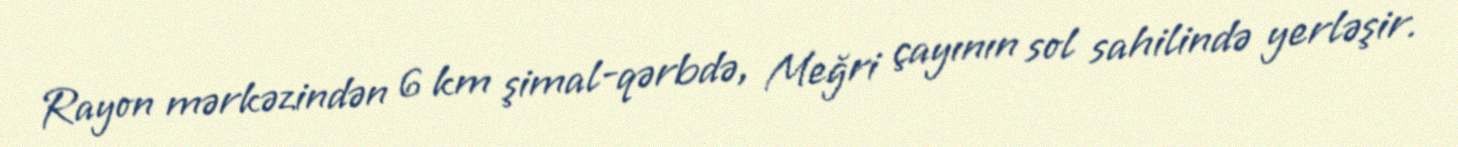
Rayon mərkəzindən 6 km şimal-qərbdə, Meğri çayının sol sahilində yerləşir.